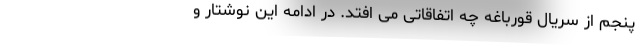
پنجم از سریال قورباغه چه اتفاقاتی می افتد. در ادامه این نوشتار و